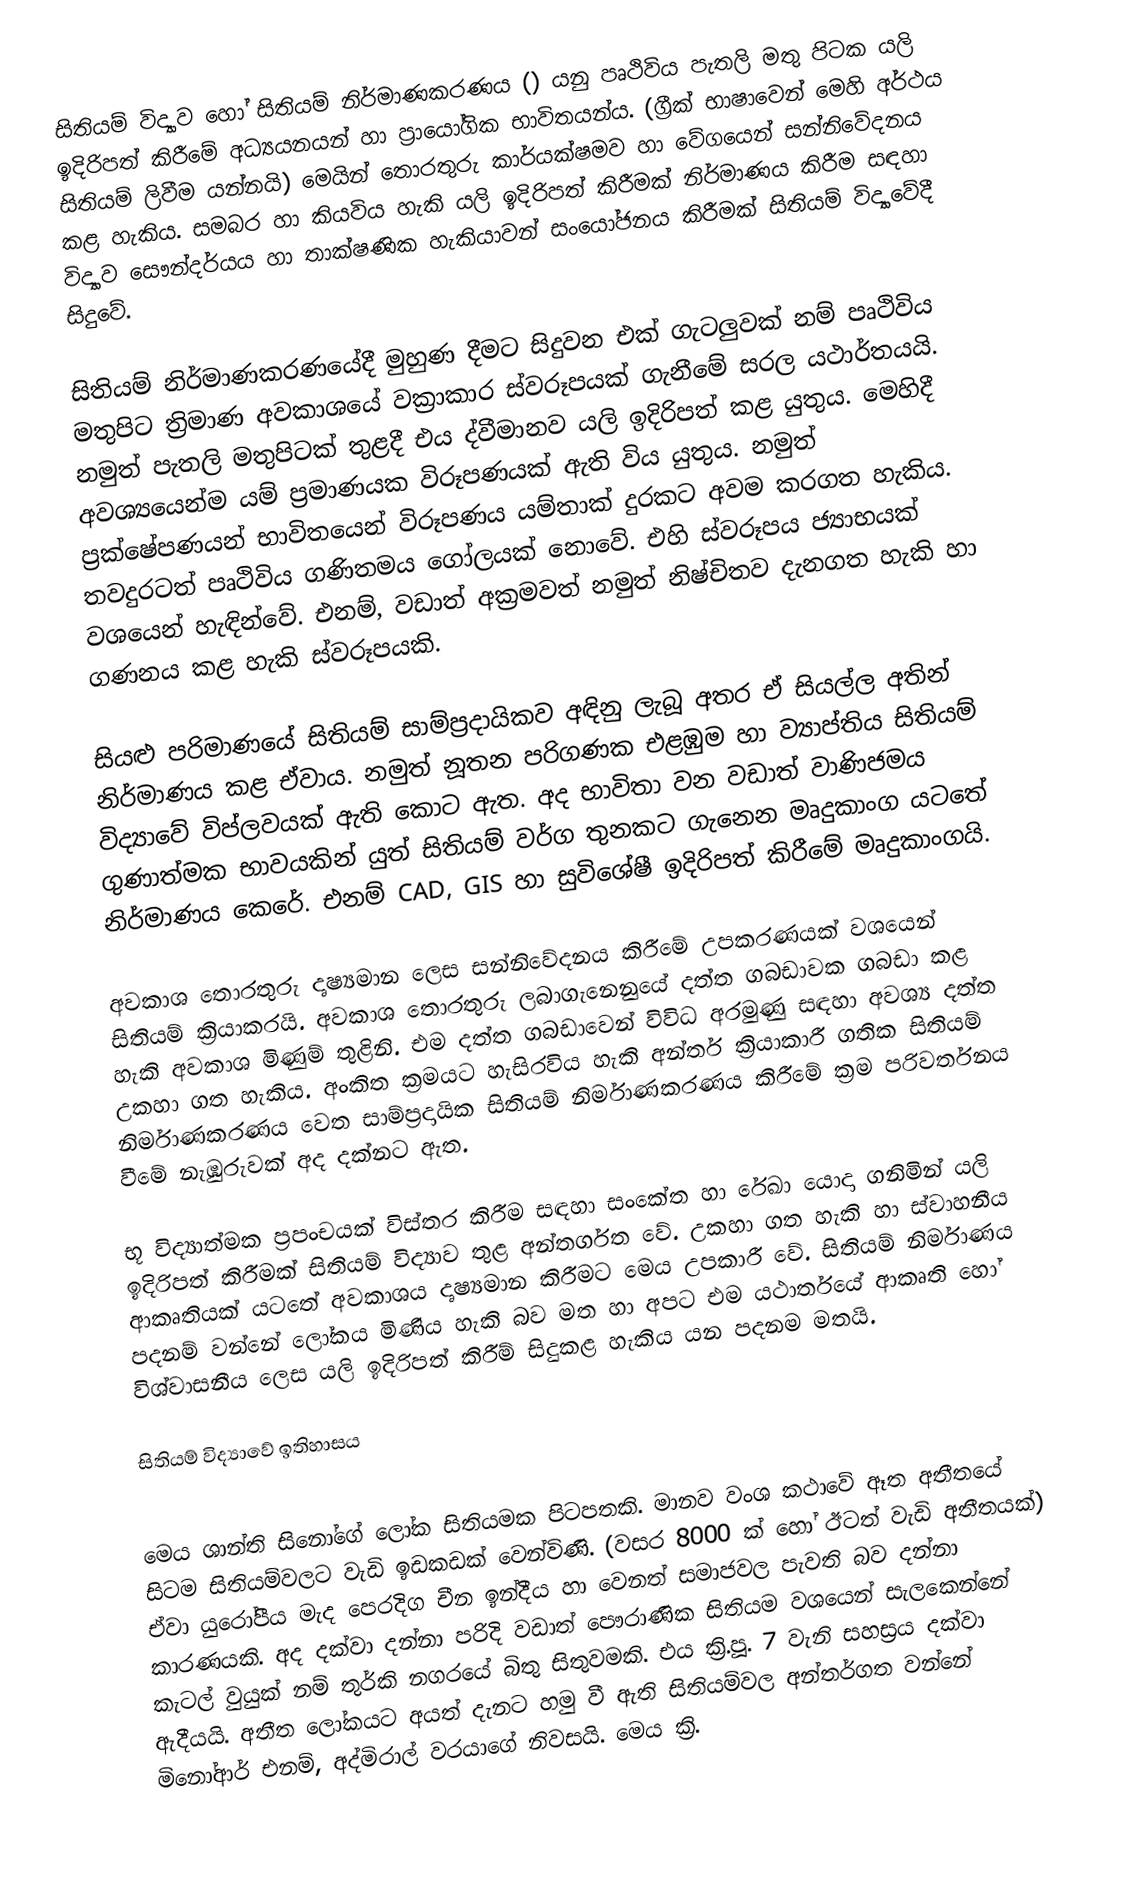
සිතියම් විද්‍යාව හෝ සිතියම් නිර්මාණකරණය () යනු පෘථිවිය පැතලි මතු පිටක යලි ඉදිරිපත් කිරීමේ අධ්‍යයනයන් හා ප්‍රායෝගික භාවිතයන්ය. (ග්‍රීක් භාෂාවෙන් මෙහි අර්ථය සිතියම් ලිවීම යන්නයි) මෙයින් තොරතුරු කාර්යක්ෂමව හා වේගයෙන් සන්නිවේදනය කළ හැකිය. සමබර හා කියවිය හැකි යලි ඉදිරිපත් කිරීමක් නිර්මාණය කිරීම සඳහා විද්‍යාව සෞන්දර්යය හා තාක්ෂණික හැකියාවන් සංයෝජනය කිරීමක් සිතියම් විද්‍යාවේදී සිදුවේ.

සිතියම් නිර්මාණකරණයේදී මුහුණ දීමට සිදුවන එක් ගැටලුවක් නම් පෘථිවිය මතුපිට ත්‍රිමාණ අවකාශයේ වක්‍රාකාර ස්වරූපයක් ගැනීමේ සරල යථාර්තයයි. නමුත් පැතලි මතුපිටක් තුළදී එය ද්වීමානව යලි ඉදිරිපත් කළ යුතුය. මෙහිදී අවශ්‍යයෙන්ම යම් ප්‍රමාණයක විරූපණයක් ඇති විය යුතුය. නමුත් ප්‍රක්ෂේපණයන් භාවිතයෙන් විරූපණය යම්තාක් දුරකට අවම කරගත හැකිය. තවදුරටත් පෘථිවිය ගණිතමය ගෝලයක් නොවේ. එහි ස්වරූපය ජ්‍යාභයක් වශයෙන් හැඳින්වේ. එනම්, වඩාත් අක්‍රමවත් නමුත් නිෂ්චිතව දැනගත හැකි හා ගණනය කළ හැකි ස්වරූපයකි.

සියළු පරිමාණයේ සිතියම් සාම්ප්‍රදායිකව අඳිනු ලැබූ අතර ඒ සියල්ල අතින් නිර්මාණය කළ ඒවාය. නමුත් නූතන පරිගණක එළඹුම හා ව්‍යාප්තිය සිතියම් විද්‍යාවේ විප්ලවයක් ඇති කොට ඇත. අද භාවිතා වන වඩාත් වාණිජමය ගුණාත්මක භාවයකින් යුත් සිතියම් වර්ග තුනකට ගැනෙන මෘදුකාංග යටතේ නිර්මාණය කෙරේ. එනම් CAD, GIS හා සුවිශේෂී ඉදිරිපත් කිරීමේ මෘදුකාංගයි.

අවකාශ තොරතුරු දෘෂ්‍යමාන ලෙස සන්නිවේදනය කිරීමේ උපකරණයක් වශයෙන් සිතියම් ක්‍රියාකරයි. අවකාශ තොරතුරු ලබාගැනෙනුයේ දත්ත ගබඩාවක ගබඩා කළ හැකි අවකාශ මිණුම් තුළිනි. එම දත්ත ගබඩාවෙන් විවිධ අරමුණු සඳහා අවශ්‍ය දත්ත උකහා ගත හැකිය. අංකිත ක්‍රමයට හැසිරවිය හැකි අන්තර් ක්‍රියාකාරී ගතික සිතියම් නිර්මාණකරණය වෙත සාම්ප්‍රදායික සිතියම් නිර්මාණකරණය කිරීමේ ක්‍රම පරිවර්තනය වීමේ නැඹුරුවක් අද දක්නට ඇත.

භූ විද්‍යාත්මක ප්‍රපංචයක් විස්තර කිරීම සඳහා සංකේත හා රේඛා යොදා ගනිමින් යලි ඉදිරිපත් කිරීමක් සිතියම් විද්‍යාව තුළ අන්තර්ගත වේ. උකහා ගත හැකි හා ස්වාහනීය ආකෘතියක් යටතේ අවකාශය දෘෂ්‍යමාන කිරීමට මෙය උපකාරී වේ. සිතියම් නිර්මාණය පදනම් වන්නේ ලෝකය මිණිය හැකි බව මත හා අපට එම යථාර්තයේ ආකෘති හෝ විශ්වාසනීය ලෙස යලි ඉදිරිපත් කිරීම් සිදුකළ හැකිය යන පදනම මතයි.

සිතියම් විද්‍යාවේ ඉතිහාසය

මෙය ශාන්ති සිනෝගේ ලෝක සිතියමක පිටපතකි. මානව වංශ කථාවේ ඈත අතීතයේ සිටම සිතියම්වලට වැඩි ඉඩකඩක් වෙන්විණි. (වසර 8000 ක් හෝ ඊටත් වැඩි අතීතයක්) ඒවා යුරෝපීය මැද පෙරදිග චීන ඉන්දීය හා වෙනත් සමාජවල පැවති බව දන්නා කාරණයකි. අද දක්වා දන්නා පරිදි වඩාත් පෞරාණික සිතියම වශයෙන් සැලකෙන්නේ කැටල් වුයුක් නම් තුර්කි නගරයේ බිතු සිතුවමකි. එය ක්‍රි.පූ. 7 වැනි සහස්‍රය දක්වා ඇදීයයි. අතීත ලෝකයට අයත් දැනට හමු වී ඇති සිතියම්වල අන්තර්ගත වන්නේ මිනෝආර් එනම්, අද්මිරාල් වරයාගේ නිවසයි. මෙය ක්‍රි.